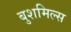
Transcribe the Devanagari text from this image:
बुशमिल्स